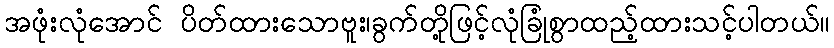
အဖုံးလုံအောင် ပိတ်ထားသောဗူး၊ခွက်တို့ဖြင့်လုံခြုံစွာထည့်ထားသင့်ပါတယ်။